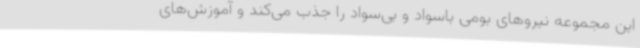
این مجموعه نیروهای بومی باسواد و بی‌سواد را جذب می‌کند و آموزش‌های